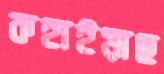
কহাইয়াছ